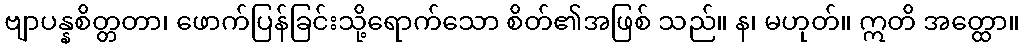
ဗျာပန္နစိတ္တတာ၊ ဖောက်ပြန်ခြင်းသို့ရောက်သော စိတ်၏အဖြစ် သည်။ န၊ မဟုတ်။ ဣတိ အတ္ထော။